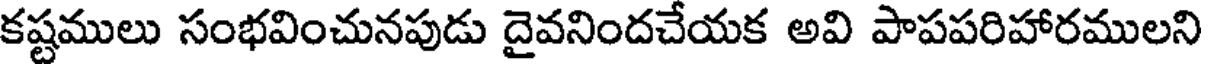
కష్టములు సంభవించునపుడు దైవనిందచేయక అవి పాపపరిహారములని